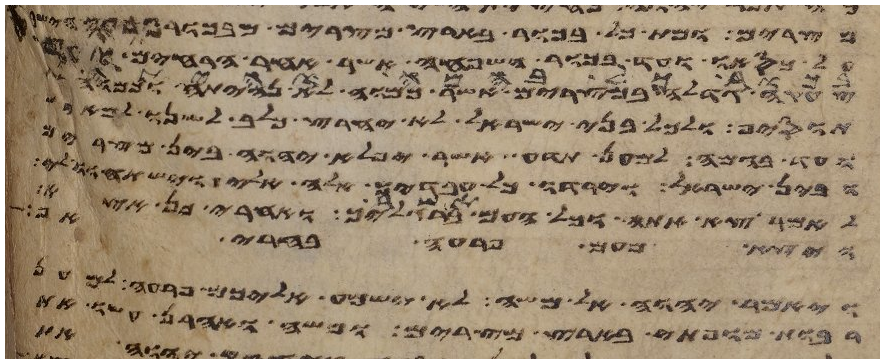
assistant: מצרים ומת כל בכור בארץ מצרים מבכור פרעה הישב
כסאו ועד בכור השפחה אשר אחר הרחים ועד
צעקה גדלה במצרים אשר כמוה לא נהיתה וכמוה
תוסיף ולכל בני ישראל לא יחרץ כלב לשנו
ועד בהמה למען תדע אשר יפלא יהוה בין מצרים
ובין ישראל וירדו כל עבדיך אלה אלי וישתחוו
לאמר צא אתה וכל העם אשר ברגליך ואחרי כן אצא
ויצא מעם פרעה בחרי אף
ויאמר יהוה אל משה לא ישמע אליכם פרעה למען
רבות מופתי בארץ מצרים ומשה ואהרן עשו את